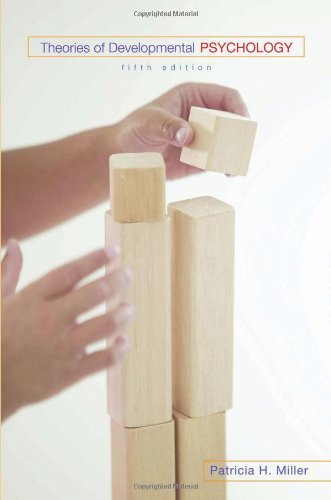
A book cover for Theories of Developmental Psychology; Patricia H. Miller; Medical Books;